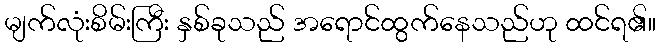
မျက်လုံးစိမ်းကြီး နှစ်ခုသည် အရောင်ထွက်နေသည်ဟု ထင်ရ၏။